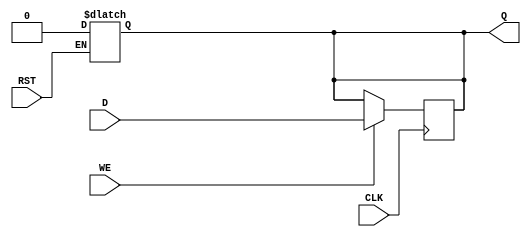
module StoreRegister (
    input wire D,       // Data Input
    input wire CLK,     // Clock
    input wire WE,      // Write Enable
    input wire RST,     // Reset
    output reg Q        // Stored Output
);

// Asynchronous reset
always @(*) begin
    if (RST) begin
        Q <= 1'b0;      // Reset output to 0
    end
end

// Synchronous storage operation
always @(posedge CLK) begin
    if (WE) begin
        Q <= D;          // Capture data on rising edge if WE is high
    end
    // If WE is low, retain the previous value of Q
end

endmodule